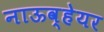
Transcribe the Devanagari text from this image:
नाऊव्हेयर